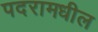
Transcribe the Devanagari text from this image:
पदरामधील